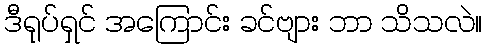
ဒီရုပ်ရှင် အကြောင်း ခင်ဗျား ဘာ သိသလဲ။